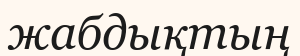
жабдықтың